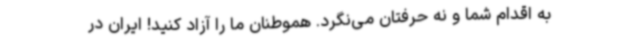
به اقدام شما و نه حرفتان می‌نگرد. هموطنان ما را آزاد کنید! ایران در